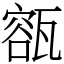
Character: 㼸